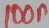
Text: 100n